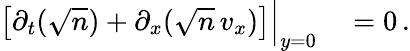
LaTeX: \begin{array}{rl}{\left[\partial_{t}(\sqrt{n})+\partial_{x}(\sqrt{n}\, v_{x})\right]\Big|_{y=0}}&{{}=0\, .}\end{array}